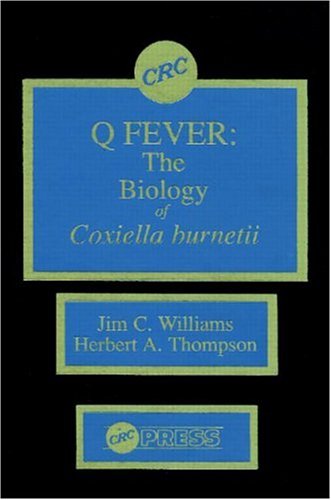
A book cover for Q Fever: The Biology of Coxiella burnetii (v. 2); Jim C. Williams; Medical Books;